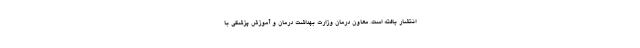
انتشار یافته است. معاون درمان وزارت بهداشت درمان و آموزش پزشکی با